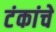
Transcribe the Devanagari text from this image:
टंकांचे